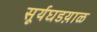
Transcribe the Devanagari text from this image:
सूर्यघडय़ाळ